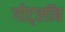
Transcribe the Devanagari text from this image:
गोट्लॉब